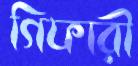
গিফারী